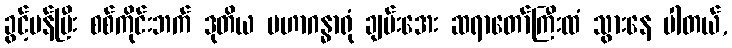
ခွင့်ပန်ပြီး စစ်ကိုင်းဘက် ဒုတိယ မဟာဂန္ဓာရုံ ချမ်းအေး ဆရာတော်ကြီးထံ သွားနေ ပါတယ်,